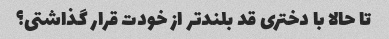
تا حالا با دختری قد بلندتر از خودت قرار گذاشتی؟